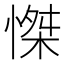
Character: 𢞼